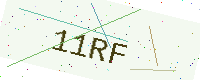
Text: 11RF